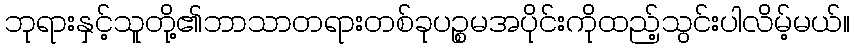
ဘုရားနှင့်သူတို့၏ဘာသာတရားတစ်ခုပဉ္စမအပိုင်းကိုထည့်သွင်းပါလိမ့်မယ်။